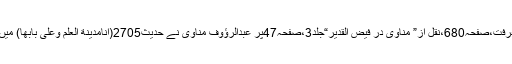
بوستانِ معرفت،صفحہ680،نقل از” مناوی در فیض القدیر“جلد3،صفحہ47پر عبدالرؤوف مناوی نے حدیث2705(انامدینة العلم وعلی بابھا) میں لکھا ہے۔